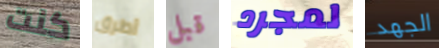
كنت أطرق قبل لمجرد الجهد